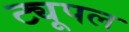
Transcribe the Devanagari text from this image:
ट्यूपल